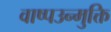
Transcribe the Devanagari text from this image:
वाष्पउन्मुक्ति